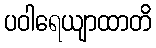
ပဝါရေယျာထာတိ